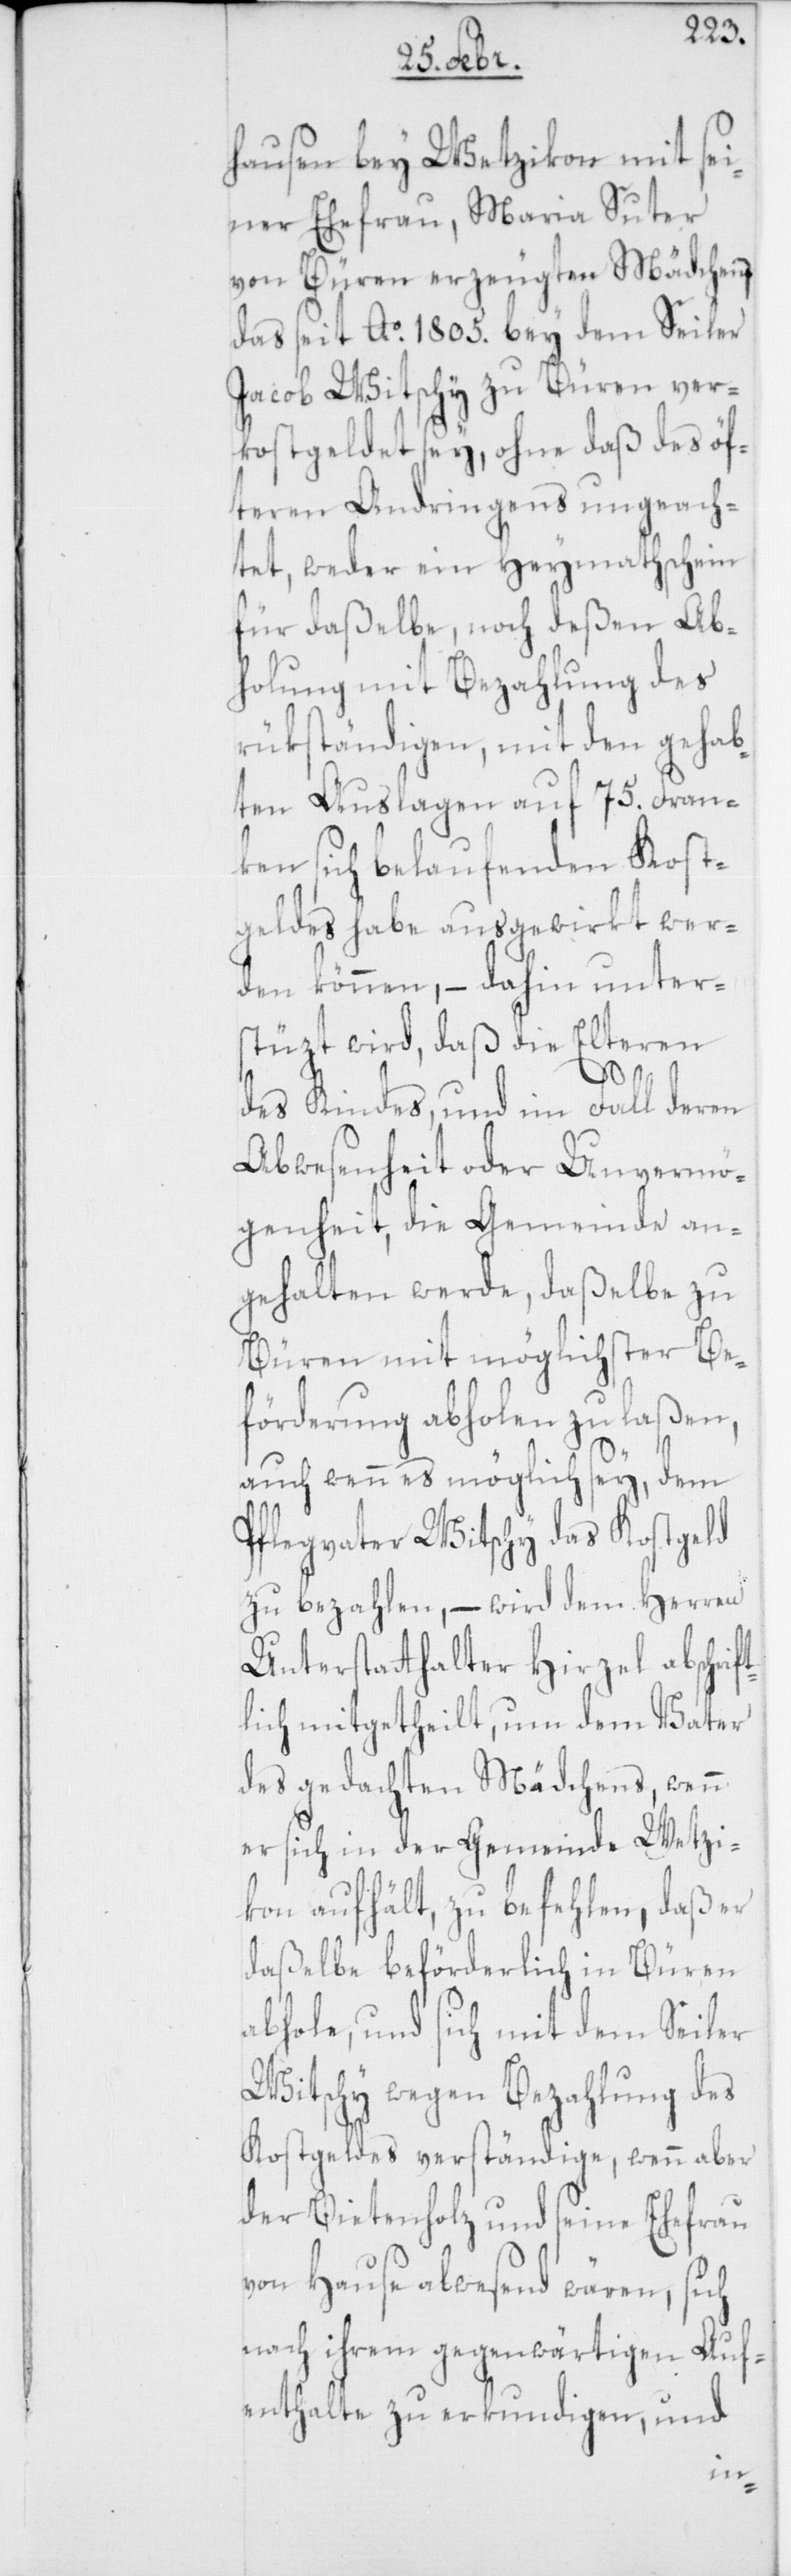
hausen bey Wetzikon mit sei¬
ner Ehefrau, Maria Suter
von Büren erzeugten Mädchen,
das seit Ao 1805. bey dem Seiler
Jacob Witschy zu Büren ver¬
kostgeldet sey, ohne daß des öf¬
teren Andringens ungeach¬
tet, weder ein Heymathschein
für daßelbe, noch deßen Ab¬
holung mit Bezahlung des
rükständigen, mit den gehab¬
ten Auslagen auf 75. Fran¬
ken sich belaufenden Kost¬
geldes habe ausgewirkt wer¬
den können, – dahin unter¬
stüzt wird, daß die Elteren
des Kindes, und im Fall deren
Abwesenheit oder Unvermö¬
genheit, die Gemeinde an¬
gehalten werde, daßelbe zu
Büren mit möglichster Be¬
förderung abholen zu laßen,
auch wenn es möglich sey, dem
Pflegvater Witschy das Kostgeld
zu bezahlen, – wird dem Herren
Unterstatthalter Hirzel abschrift¬
lich mitgetheilt, um dem Vater
des gedachten Mädchens, wenn
er sich in der Gemeinde Wetzi¬
kon aufhält, zu befehlen, daß er
daßelbe beförderlich in Büren
abhole, und sich mit dem Seiler
Witschy wegen Bezahlung des
Kostgeldes verständige, wenn aber
der Bietenholz und seine Ehefrau
von Hause abwesend wären, sich
nach ihrem gegenwärtigen Auf¬
enthalte zu erkundigen, und